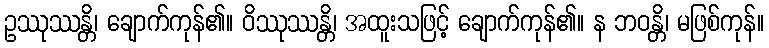
ဥဿုဿန္တိ၊ ချောက်ကုန်၏။ ဝိဿုဿန္တိ၊ အထူးသဖြင့် ချောက်ကုန်၏။ န ဘဝန္တိ၊ မဖြစ်ကုန်။